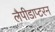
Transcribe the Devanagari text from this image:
लैपीडाप्टरन